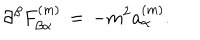
\partial ^ { \beta } F _ { \beta \alpha } ^ { ( m ) } \, = \, - m ^ { 2 } a _ { \alpha } ^ { ( m ) } .